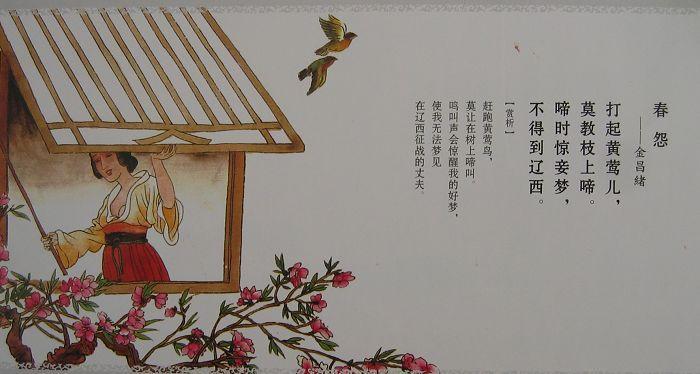
啼时惊妾梦，不得到辽西。